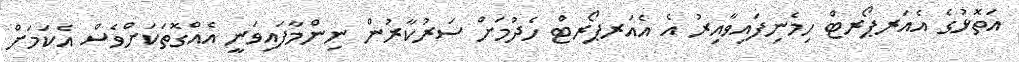
އަތޮޅުގެ އެއަރޕޯރޓް ހިމެނިފައިވާއިރު އެ އެއަރޕޯރޓް ހެދުމަށް ސަރުކާރުން ނިންމާފައިވަނީ އެއްގޮތަކަށްވެސް އެކަމަށް